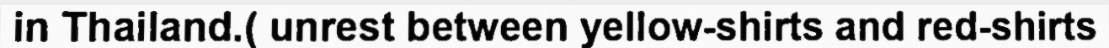
in Thailand.( unrest between yellow-shirts and red-shirts